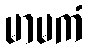
မာမကံ